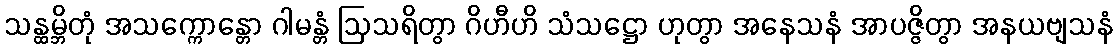
သန္ထမ္ဘိတုံ အသက္ကောန္တော ဂါမန္တံ ဩသရိတွာ ဂိဟီဟိ သံသဋ္ဌော ဟုတွာ အနေသနံ အာပဇ္ဇိတွာ အနယဗျသနံ